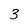
Character: 3